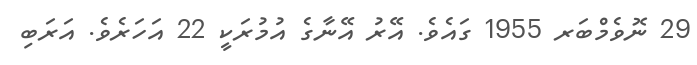
29 ނޮވެމްބަރ 1955 ގައެވެ. އޭރު އޭނާގެ އުމުރަކީ 22 އަހަރެވެ. އަރަބި